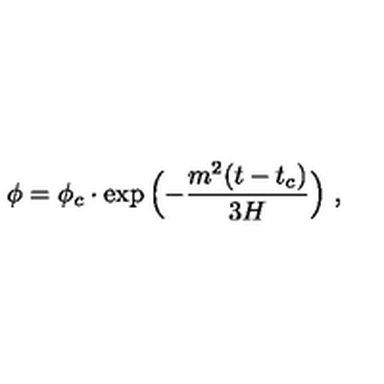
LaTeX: \phi = \phi _ { c } \cdot \exp { \Bigl ( - { \frac { m ^ { 2 } ( t - t _ { c } ) } { 3 H } } \Bigr ) } \ ,